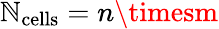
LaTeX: \mathbb{N}_{\mathrm{{cells}}}=n\timesm